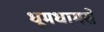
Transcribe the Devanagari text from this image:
धूमधामसे